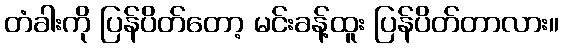
တံခါးကို ပြန်ပိတ်တော့ မင်းခန့်ထူး ပြန်ပိတ်တာလား။